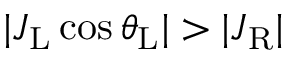
| J _ { \mathrm { L } } \cos { \theta _ { \mathrm { L } } } | > | J _ { \mathrm { R } } |